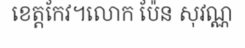
ខេត្តកែវ។លោក ប៉ែន សុវណ្ណ